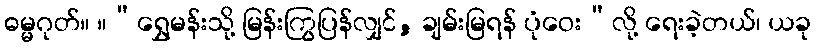
ဓမ္မဂုတ်။ ။“ရွှေမန်းသို့ မြန်းကြွပြန်လျှင်, ချမ်းမြရန် ပုံဝေး”လို့ ရေးခဲ့တယ်၊ ယခု